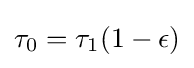
\tau _{0}=\tau _{1}(1-\epsilon )